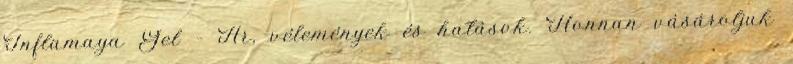
Inflamaya Gel – Ár, vélemények és hatások. Honnan vásároljuk